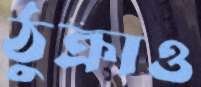
ঠুক্‌রাও